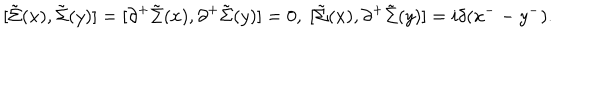
[ \tilde { \Sigma } ( x ) , \tilde { \Sigma } ( y ) ] = [ { \partial } ^ { + } \tilde { \Sigma } ( x ) , { \partial } ^ { + } \tilde { \Sigma } ( y ) ] = 0 , \; [ \tilde { \Sigma } ( x ) , { \partial } ^ { + } \tilde { \Sigma } ( y ) ] = i { \delta } ( x ^ { -- } y ^ { - } ) .